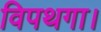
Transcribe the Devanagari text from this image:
विपथगा।